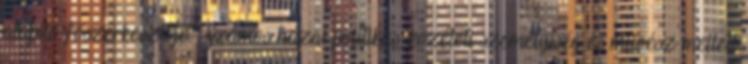
alapító-főszerkesztője. Számos hazai politikus, közéleti személyiség és művész mellett